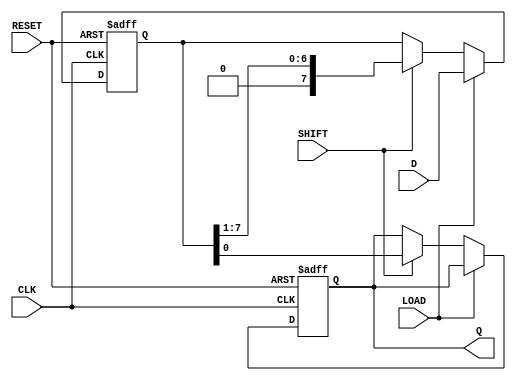
module piso_shift_register #(
    parameter n = 8  // Parameter for the width of the register
)(
    input wire [n-1:0] D,      // Parallel data inputs
    input wire LOAD,           // Load enable
    input wire SHIFT,          // Shift enable
    input wire CLK,            // Clock signal
    input wire RESET,          // Asynchronous reset
    output reg Q               // Serial output
);

    reg [n-1:0] REG;           // Internal storage register

    always @(posedge CLK or posedge RESET) begin
        if (RESET) begin
            REG <= {n{1'b0}};   // Clear the register on reset
            Q <= 1'b0;          // Reset serial output
        end else begin
            if (LOAD) begin
                REG <= D;       // Load data into the register
            end else if (SHIFT) begin
                Q <= REG[0];    // Shift out LSB to Q
                REG <= REG >> 1; // Shift the register right
            end
        end
    end

endmodule